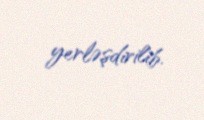
yerləşdirilib.